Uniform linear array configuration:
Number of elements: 8
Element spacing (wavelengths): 1
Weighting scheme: kaiser
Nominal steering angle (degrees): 0
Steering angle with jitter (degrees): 0.07321
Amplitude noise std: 0.05
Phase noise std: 0.05

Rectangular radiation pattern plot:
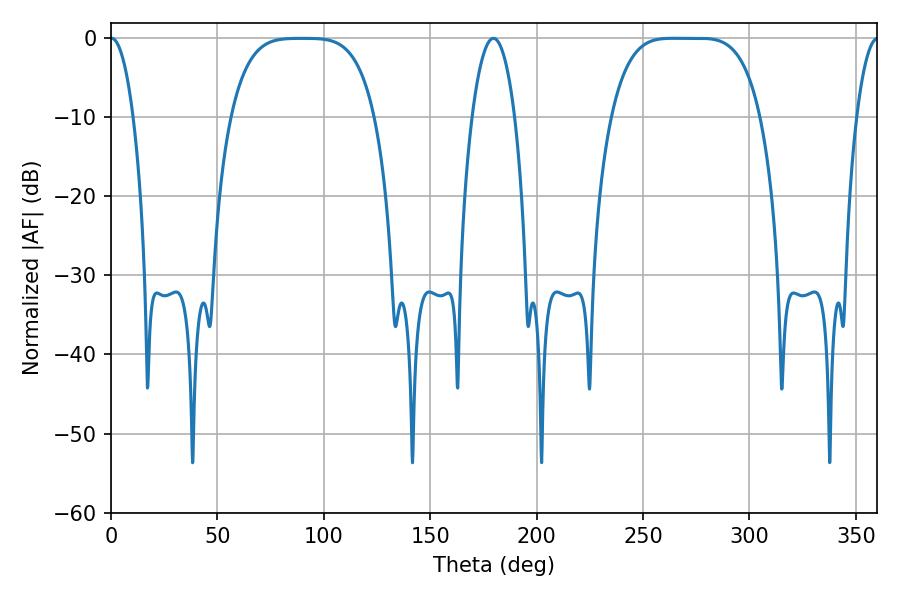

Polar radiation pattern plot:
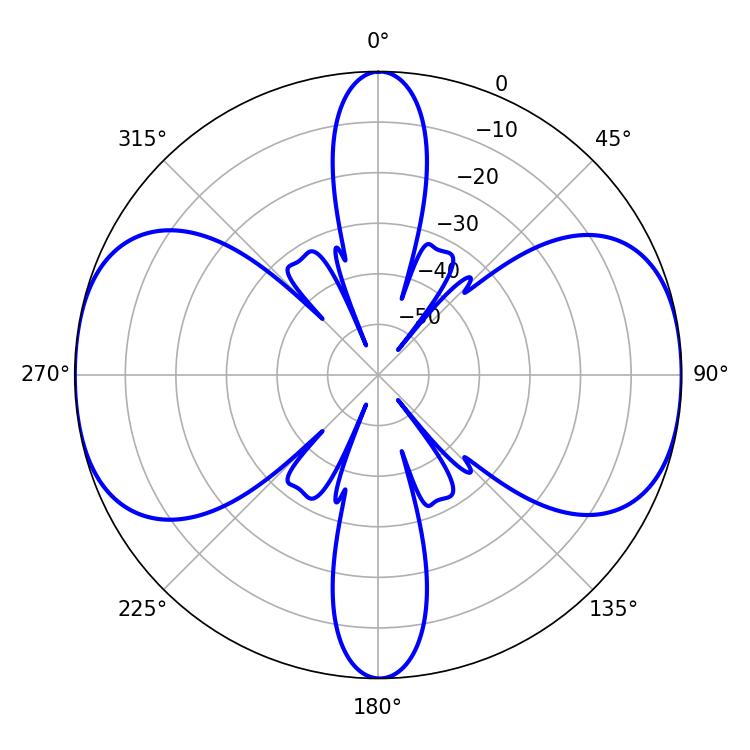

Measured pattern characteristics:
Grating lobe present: TRUE
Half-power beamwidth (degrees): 52.56
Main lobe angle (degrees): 264.24